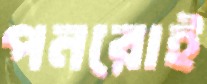
পনরোই